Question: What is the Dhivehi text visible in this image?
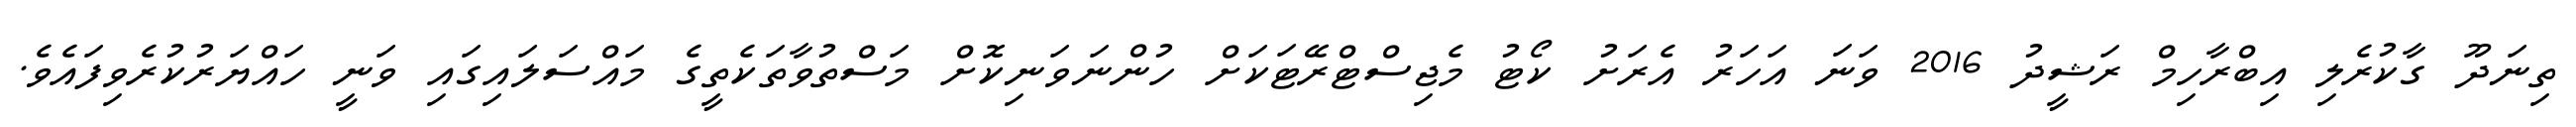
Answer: ތިނަދޫ ގާކުރެލި އިބްރާހިމް ރަޝީދު 2016 ވަނަ އަހަރު އެރަށު ކޯޓު މެޖިސްޓްރޭޓަކަށް ހުންނަވަނިކޮށް މަސްތުވާތަކެތީގެ މައްސަލައިގައި ވަނީ ހައްޔަރުކުރެވިފައެވެ.